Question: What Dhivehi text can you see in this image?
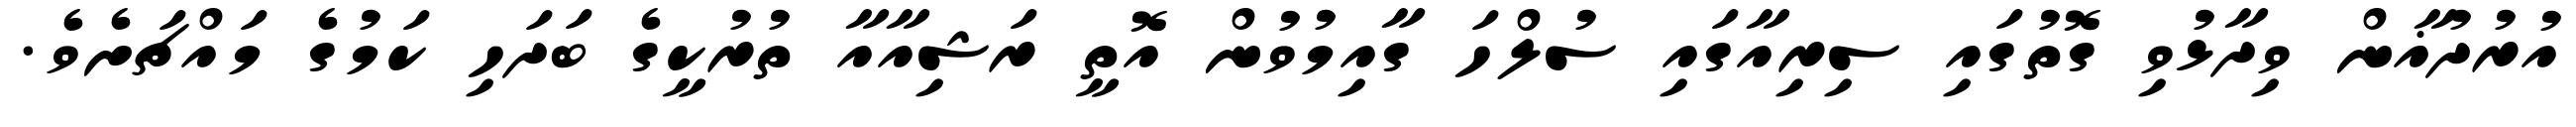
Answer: އުރުދުޣާން ވިދާޅުވި ގޮތުގައި ސިރިއާގައި ސުލްހަ ގާއިމުވުން އޮތީ ރަޝިއާއާ ތުރުކީގެ ބަދަހި ކަމުގެ މައްޗަށެވެ.